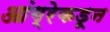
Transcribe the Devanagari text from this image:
आंग्रेकडून